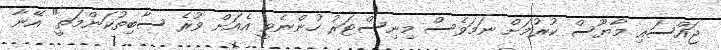
ޖައްސައި މާޔޫސް ކުރުމަށް ނަމަވެސް މިނިސްޓަރު ހުންނެވީ އެއަށް ވުރެ ސާބިތުކަންމަތީ" އޭނާ